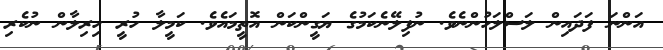
އަންނަ ފަދައިން ލަސްލަހުންނެވެ. ނުފިލޭނެކަމުގެ ޔަގީންކަން އޮތީމައެވެ. ކަމީލާ ހުރީ ހިރިލާން ނުކެރި